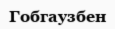
Гобгаузбен